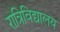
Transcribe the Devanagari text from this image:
रात्रिविद्यालय